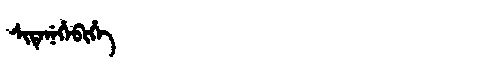
Manchu: ᠰᡳᡨᡝᠨᡝᡥᡝᠪᡳᡥᡝ
Romanization: SITENEHEBIHE